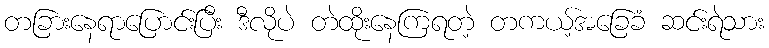
တခြားနေရာပြောင်းပြီး ဒီလိုပဲ တဲထိုးနေကြရတဲ့ တကယ့်အခြေခံ ဆင်းရဲသား